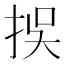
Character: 𢫸